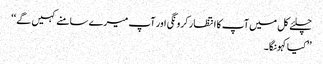
چلئے کل میں آپ کا انتظار کرونگی اور آپ میرے سامنے کہیں گے ‘‘
’’کیا کہونگا۔